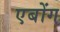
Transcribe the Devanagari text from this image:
एबोंग